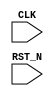
//
// Generated by Bluespec Compiler (build 00185f79)
//
// On Sat Apr 10 11:19:25 IST 2021
//
//
// Ports:
// Name                         I/O  size props
// CLK                            I     1 unused
// RST_N                          I     1 unused
//
// No combinational paths from inputs to outputs
//
//

`ifdef BSV_ASSIGNMENT_DELAY
`else
  `define BSV_ASSIGNMENT_DELAY
`endif

`ifdef BSV_POSITIVE_RESET
  `define BSV_RESET_VALUE 1'b1
  `define BSV_RESET_EDGE posedge
`else
  `define BSV_RESET_VALUE 1'b0
  `define BSV_RESET_EDGE negedge
`endif

module mkTb(CLK,
	    RST_N);
  input  CLK;
  input  RST_N;

  // handling of system tasks

  // synopsys translate_off
  always@(negedge CLK)
  begin
    #0;
    $display("%0d, %0d, %x", $signed(32'd1), $signed(32'd2), 1'd1);
    $finish(32'd1);
  end
  // synopsys translate_on
endmodule  // mkTb